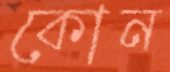
কোন